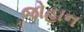
જોહાન